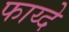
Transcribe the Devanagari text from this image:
फाय्दे